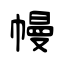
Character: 幔